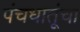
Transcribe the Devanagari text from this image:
पंचधातूंचा